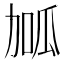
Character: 𭄱